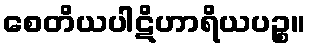
စေတိယပါဋိဟာရိယပဉ္စ။